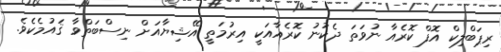
ރިޕަބްލިކް އޮފް ކޮރެއާ ނުވަތަ ދެކުނު ކޮރެއާއަކީ އިރުމަތީ އޭޝިޔާއަށް ނިސްބަތްވާ ޤައުމެކެވެ.